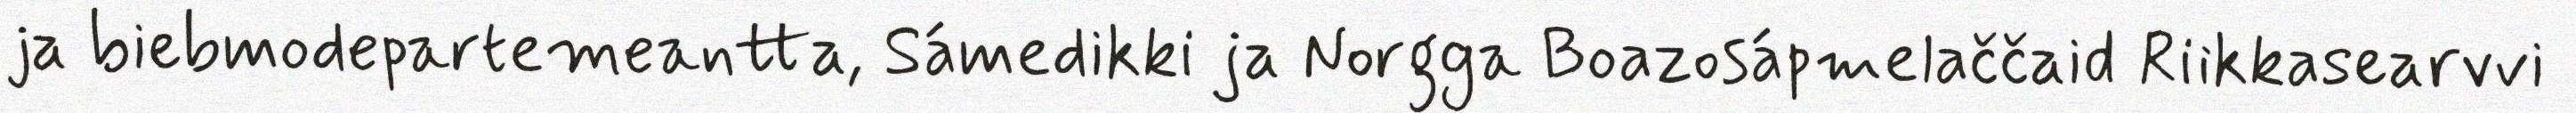
ja biebmodepartemeantta, Sámedikki ja Norgga Boazosápmelaččaid Riikkasearvvi